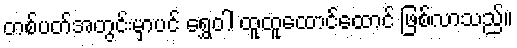
တစ်ပတ်အတွင်းမှာပင် ရွှေဝါ ထူထူထောင်ထောင် ဖြစ်လာသည်။